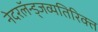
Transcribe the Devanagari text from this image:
नेदरलॅन्ड्जव्यतिरिक्त